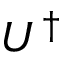
U ^ { \dag }